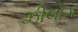
ઝીલોગ